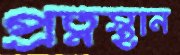
প্রত্নস্থান